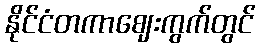
နိုင်ငံတကာဈေးကွက်တွင်